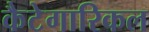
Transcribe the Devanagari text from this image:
कैटेगारिकल